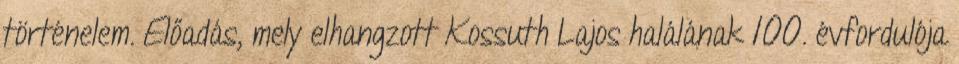
történelem. Előadás, mely elhangzott Kossuth Lajos halálának 100. évfordulója